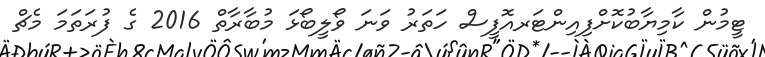
ޓީމުން ކާމިޔާބުކޮށްފިއިންޓަރއޮފީސް ހަތަރު ވަނަ ވޯލީބޯޅަ މުބާރާތް 2016 ގެ ފުރަތަމަ މެޗް